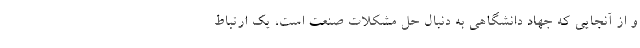
و از آنجایی که جهاد دانشگاهی به دنبال حل مشکلات صنعت است، یک ارتباط